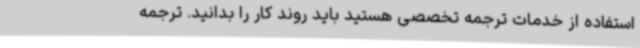
استفاده از خدمات ترجمه تخصصی هستید باید روند کار را بدانید. ترجمه